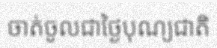
ចាត់ចូលជាថ្ងៃបុណ្យជាតិ